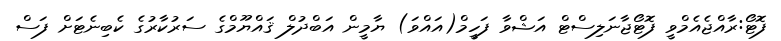
ފޮޓޯ:ރާއްޖެއެމްވީ ފޮޓޯޖާނަލިސްޓް އަޝްވާ ފަހީމް(އައްވަ) ޔާމީން އަބްދުލް ޤައްޔޫމްގެ ސަރުކާރުގެ ކެބިނެޓަށް ފަސް